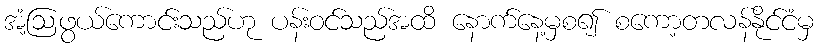
အံ့ဩဖွယ်ကောင်းသည်ဟု ပန်းဝင်သည်အထိ နောက်နေ့မှစ၍ စကော့တလန်နိုင်ငံမှ